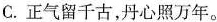
C.正气留千古，丹心照万年。